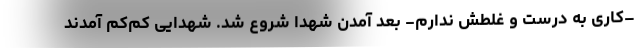
–کاری به درست و غلطش ندارم- بعد آمدن شهدا شروع شد. شهدایی کم‌کم آمدند